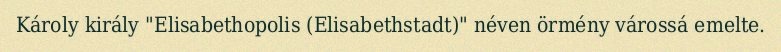
Károly király "Elisabethopolis (Elisabethstadt)" néven örmény várossá emelte.